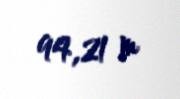
94,21 m